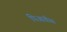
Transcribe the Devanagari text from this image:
पिआवीस